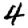
Digit: 4